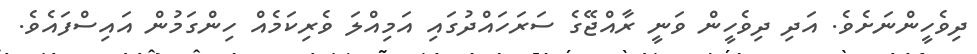
ދިވެހީންނަށެވެ. އަދި ދިވެހީން ވަނީ ރާއްޖޭގެ ސަރަހައްދުގައި އަމިއްލަ ވެރިކަމެއް ހިންގަމުން އައިސްފައެވެ.